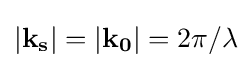
|\mathbf {k_{s}} |=|\mathbf {k_{0}} |=2\pi /\lambda